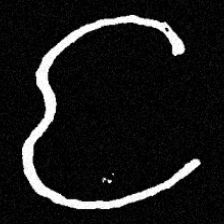
Pyu character \u2014 Myanmar letter: င (romanized: nga)